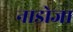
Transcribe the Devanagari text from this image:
नाडोजा